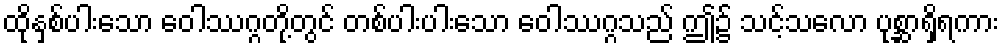
ထိုနှစ်ပါးသော ဝေါဿဂ္ဂတို့တွင် တစ်ပါးပါးသော ဝေါဿဂ္ဂသည် ဤ၌ သင့်သလော ပုစ္ဆာရှိရကား